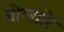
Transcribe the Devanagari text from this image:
बोल्गारे